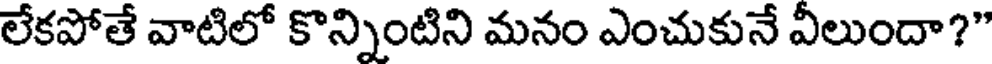
లేకపోతే వాటిలో కొన్నింటిని మనం ఎంచుకునే వీలుందా?"